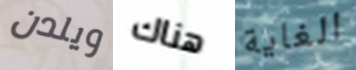
ويلدن هناك الغاية